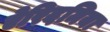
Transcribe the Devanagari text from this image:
ऐरिदमिया